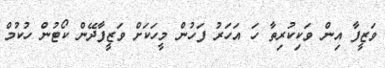
ވަޒީފާ އިން ވަކިކުރިތާ ހަ އަހަރު ފަހުން މީހަކަށް ވަޒީފާދޭން ކޯޓުން ހުކުމް